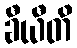
ခီယီတိ